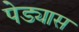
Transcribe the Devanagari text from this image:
पेड्यास